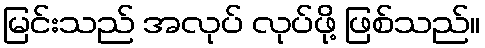
မြင်းသည် အလုပ် လုပ်ဖို့ ဖြစ်သည်။